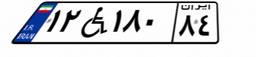
۱۲W۱۸۰۸۴